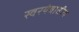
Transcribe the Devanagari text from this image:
स्वरयंत्रातील